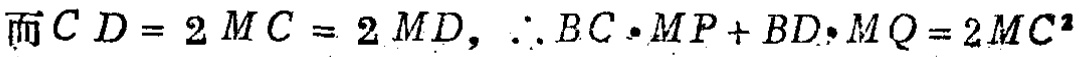
而\(CD = 2MC = 2MD\)，\(\therefore BC\cdot MP + BD\cdot MQ = 2MC^{2}\)